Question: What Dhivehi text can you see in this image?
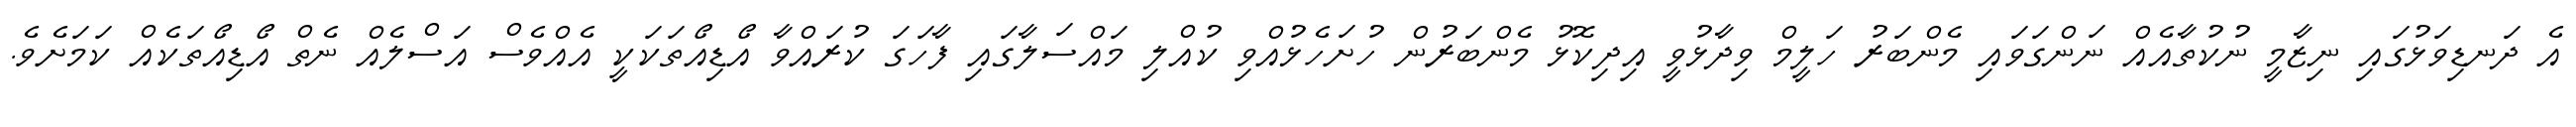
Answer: އެ ދަނޑިވަޅުގައި ނިޒާމީ ނުކުތާއެއް ނަންގަވައި މެންބަރު ހަލީމް ވިދާޅުވީ އިދިކޮޅު މެންބަރުން ހުށަހެޅުއްވި ކުއްލި މައްސަލާގައި ފާހަގަ ކުރައްވާ އޯޑިއޯތަކަކީ އެއްވެސް އަސްލެއް ނެތް އޯޑިއޯތަކެއް ކަމަށެވެ.